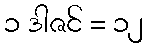
၁ ဒါဇင် = ၁၂